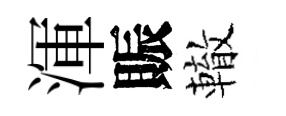
渾賑轍